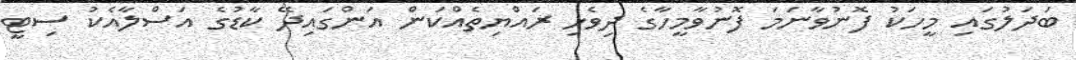
ބަދަލުގައި މީހަކު ފޮނުވާނަމަ ފޮނުވާމީހާގެ ދިވެހި ރައްޔިތެއްކަން އަންގައިދޭ ކާޑުގެ އަސްލާއެކު ސިޓީ